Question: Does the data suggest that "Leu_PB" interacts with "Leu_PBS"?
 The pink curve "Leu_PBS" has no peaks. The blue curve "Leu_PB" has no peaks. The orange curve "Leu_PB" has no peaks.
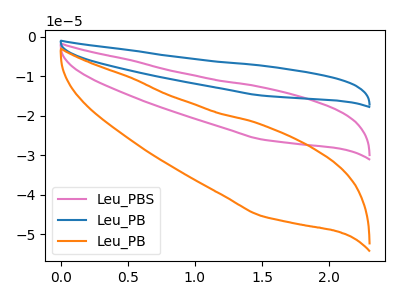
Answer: <think>Neither "Leu_PB" or "Leu_PBS" have any peaks.
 </think>
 <answer>No, "Leu_PB" and "Leu_PBS" don't appear to be significantly different in shape</answer>
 <eval>no_change</eval>